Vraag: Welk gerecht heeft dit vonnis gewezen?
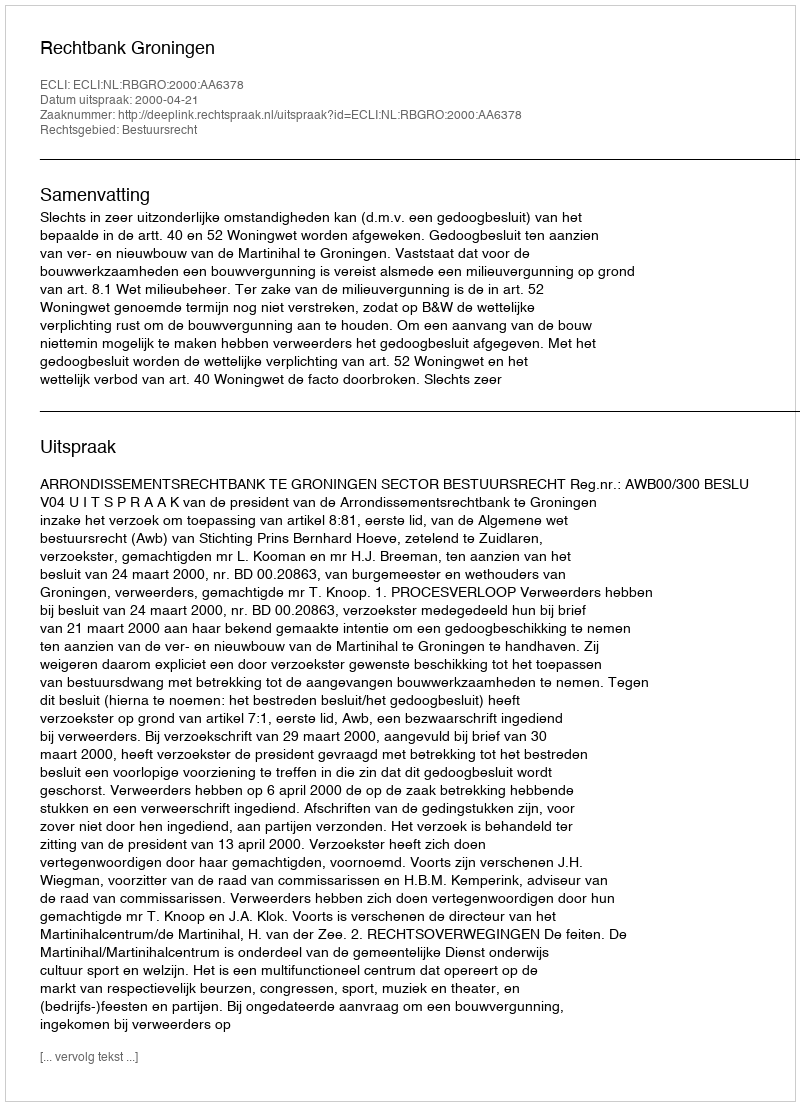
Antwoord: Rechtbank Groningen